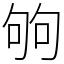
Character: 𠣪